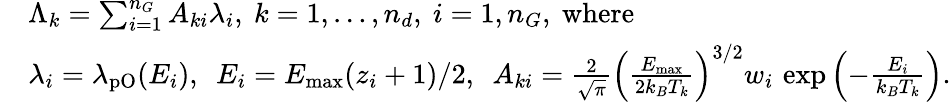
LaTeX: \begin{array}{rl}&{\Lambda_{k}=\sum_{i=1}^{n_{G}}A_{ki}\lambda_{i},\ k=1,\dots,n_{d},\ i=1,n_{G}\mathrm{,~where}}\\ &{\lambda_{i}=\lambda_{\mathrm{pO}}(E_{i}),\ \ E_{i}=E_{\mathrm{max}}(z_{i}+1)/2,\ \ A_{ki}=\frac{2}{\sqrt{\pi}}\left(\frac{E_{\mathrm{max}}}{2k_{B}T_{k}}\right)^{3/2}w_{i}\, \exp\left(-\frac{E_{i}}{k_{B}T_{k}}\right).}\end{array}